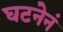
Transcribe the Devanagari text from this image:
घटनेनं